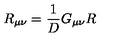
R _ { \mu \nu } = \frac { 1 } { D } G _ { \mu \nu } R